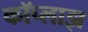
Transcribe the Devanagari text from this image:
कॉप्लाझ